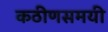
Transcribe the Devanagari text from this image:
कठीणसमयी